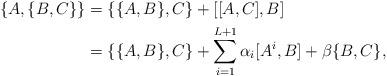
LaTeX: \begin{align*}\{A,\{B,C\}\} &= \{\{A,B\},C\} + [[A,C],B]\\&= \{ \{ A,B\},C\} + \sum_{i=1}^{L+1}\alpha_i[A^i,B]+\beta\{B,C\},\end{align*}